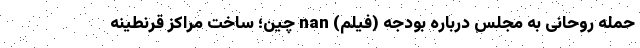
حمله روحانی به مجلس درباره بودجه (فیلم) nan چین؛ ساخت مراکز قرنطینه